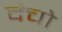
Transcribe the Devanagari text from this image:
दंचो